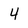
Character: 4